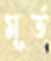
মূর্ত